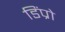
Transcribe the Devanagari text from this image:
डिंप्रो